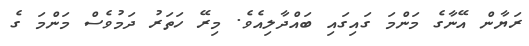
ރަޔާން އޭނާގެ މަންމަ ގައިގައި ބައްދާލިއެވެ. މިރޭ ހަތަރު ދަމުވެސް މަންމަ ގެ